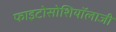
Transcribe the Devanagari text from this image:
फाइटोसोशियॉलाजी